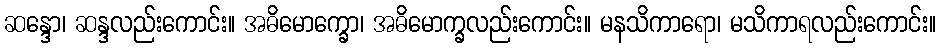
ဆန္ဒော၊ ဆန္ဒလည်းကောင်း။ အဓိမောက္ခော၊ အဓိမောက္ခလည်းကောင်း။ မနသိကာရော၊ မသိကာရလည်းကောင်း။